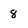
Character: 8